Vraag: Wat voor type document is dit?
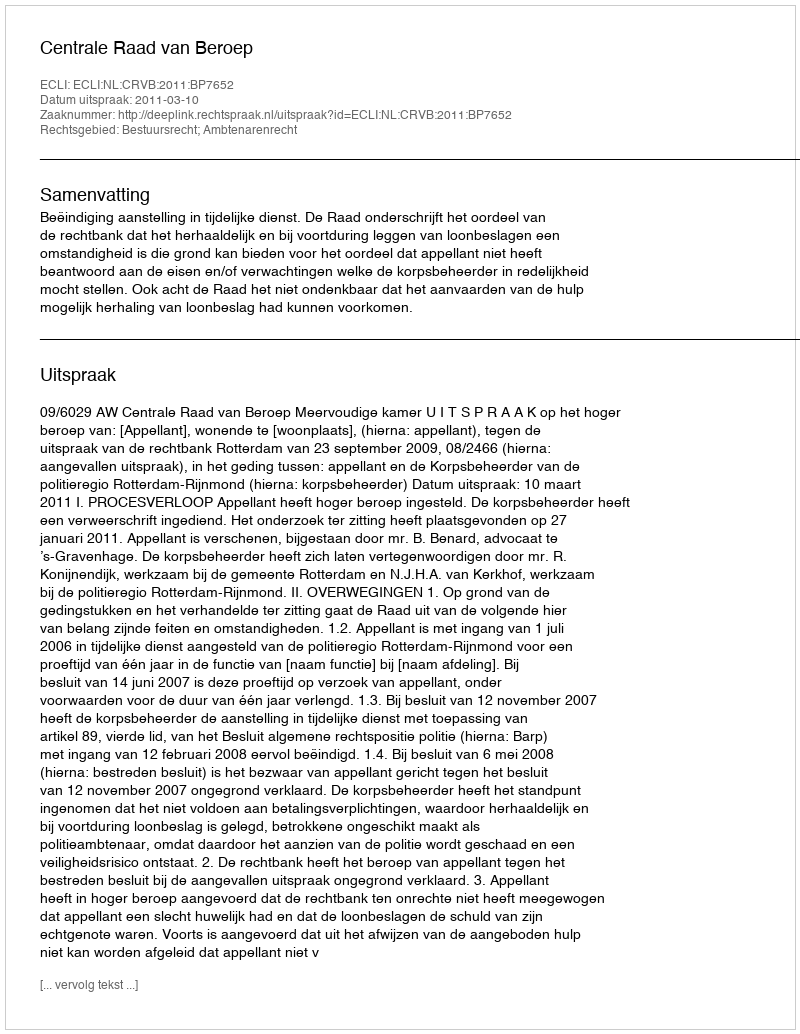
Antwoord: Uitspraak